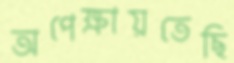
অপেক্ষায়তেছি